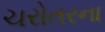
ચરોતરના